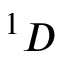
^ 1 D